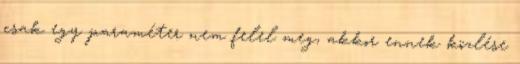
csak egy paraméter nem felel meg, akkor ennek közlése